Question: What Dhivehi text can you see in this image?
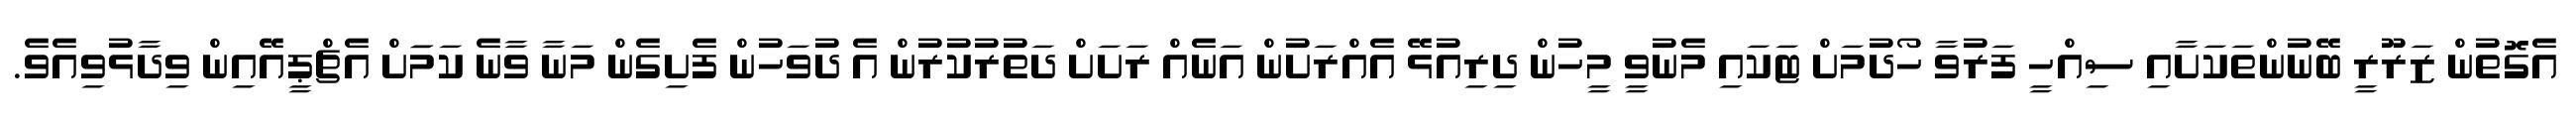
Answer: އެގޮތުން ޒަރޫރީ ބޭނުންތަކަށާއި ސިއްހީ ފަރުވާ ހޯދުމަށް ޓަކައި މެނުވީ މީހުން ދިރިއުޅޭ އެއްރަށުން އަނެއް ރަށަށް ދަތުރުކުރުން އެ ދުވަހުން ފެށިގެން މަނާ ވާނެ ކަމަަށް އެޗްޕީއޭއިން ވިދާޅުވިއެވެ.